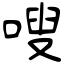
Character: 嗖